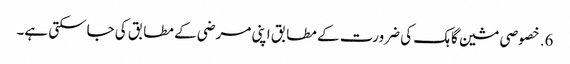
6. خصوصی مشین گاہک کی ضرورت کے مطابق اپنی مرضی کے مطابق کی جاسکتی ہے۔